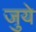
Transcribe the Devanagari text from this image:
जुये